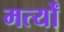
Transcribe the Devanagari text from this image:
मर्त्यों